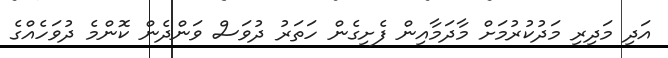
އަދި މަދިރި މަދުކުރުމަށް މާދަމާއިން ފެށިގެން ހަތަރު ދުވަސް ވަންދެން ކޮންމެ ދުވަހެއްގެ